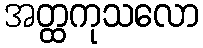
အတ္ထကုသလော